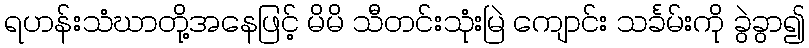
ရဟန်းသံဃာတို့အနေဖြင့် မိမိ သီတင်းသုံးမြဲ ကျောင်း သင်္ခမ်းကို ခွဲခွာ၍